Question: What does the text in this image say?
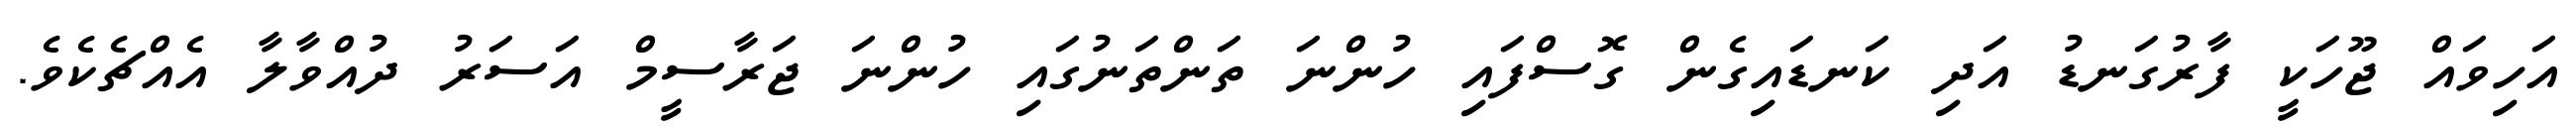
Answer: އަހިވައް ޖޫހަކީ ފާރުގަނޑު އަދި ކަނޑައިގެން ގޮސްފައި ހުންނަ ތަންތަނުގައި ހުންނަ ޖަރާސީމް އަސަރު ދުއްވާލާ އެއްޗެކެވެ.